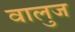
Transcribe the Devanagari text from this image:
वालुज